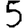
Digit: 5